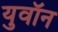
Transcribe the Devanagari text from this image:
युवॉन